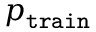
p _ { \mathtt { t r a i n } }